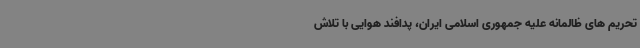
تحریم های ظالمانه علیه جمهوری اسلامی ایران، پدافند هوایی با تلاش